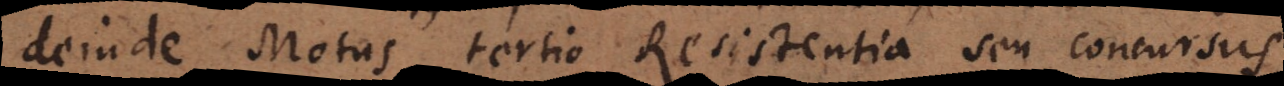
deinde Motus, tertio Resistentia seu concursu